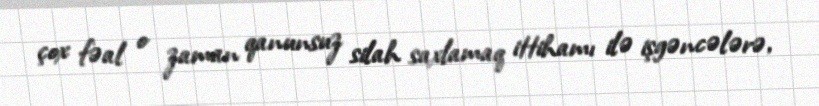
çox fəal o zaman qanunsuz silah saxlamaq ittihamı ilə işgəncələrə,